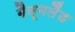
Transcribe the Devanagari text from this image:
गैन्गलैंड